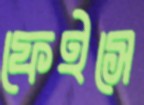
ফেইসে